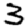
Digit: 3